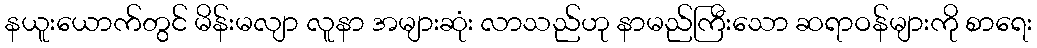
နယူးယောက်တွင် မိန်းမလျာ လူနာ အများဆုံး လာသည်ဟု နာမည်ကြီးသော ဆရာဝန်များကို စာရေး